Code of medical and sanitary regulations for the guidance of medical officers serving in the Madras Presidency - Volume I
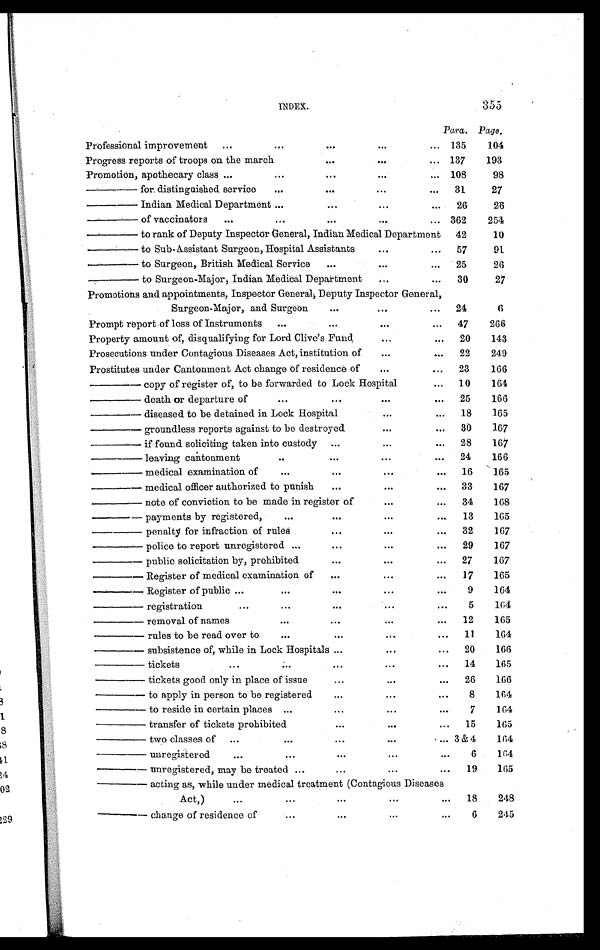
INDEX.
355
Para. Page.
Professional improvement
. . . ...
. . .
. . .
. . . 135
104
Progress reports of troops on the march
. . .
. . .
. . . 137
193
Promotion, apothecary class
. . . ...
. . .
. . .
. . . 108
98
— — f o r d i s t i n g u i s h e d s e r v i c e
...
. . .
. . .
. . . 31
27
— — I n d i a n M e d i c a l D e p a r t m e n t
...
. . .
. . .
. . . 26
26
—— of vaccinators
. . . ...
. . .
. . .
. . . 362
254
—— to rank of Deputy Inspector General, Indian Medical Department
42
10
—— to Sub-Assistant Surgeon, Hospital Assistants
. . .
. . .
57
91
—— to Surgeon, British Medical Service
. . .
. . .
. . .
25
26
—— to Surgeon-Major, Indian Medical Department
. . .
. . .
30
27
Promotions and appointments, Inspector General, Deputy Inspector General,
Surgeon-Major, and Surgeon
. . .
. . .
. . .
24
6
Prompt report of loss of Instruments ...
. . .
. . .
. . .
47
266
Property amount of, disqualifying for Lord Clive's Fund
. . .
. . .
20
143
Prosecutions under Contagious Diseases Act, institution of
. . .
. . .
22
249
Prostitutes under Cantonment Act change of residence of
. . .
. . .
23
166
—— copy of register of, to be forwarded to Lock Hospital
. . .
10
164
—— death or departure of
...
. . .
. . .
. . .
25
166
—— diseased to be detained in Lock Hospital
. . .
. . .
18
165
—— groundless reports against to be destroyed
. . .
. . .
30
167
—— if found soliciting taken into custody
. . .
. . .
. . .
28
167
— — l e a v i n g c a n t o n m e n
...
. . .
. . .
. . .
24
166
— — m e d i c a l e x a m i n a t i o n o f
. . .
. . .
. . .
. . . 16
165
—— medical officer authorized to punish
. . .
. . .
. . . 33
167
—— note of conviction to be made in register of
. . .
. . . 34
168
—— payments by registered,
. . .
. . .
. . .
. . . 13
165
—— penalty for infraction of rules
. . .
. . .
. . . 32
167
—— police to report unregistered ...
. . .
. . .
. . .
29
167
—— public solicitation by, prohibited
. . .
. . .
. . . 27
167
—— Register of medical examination of
. . .
. . .
. . . 17
165
—— Register of public
. . .
. . .
. . .
. . .
. . .
9
164
—— registration
. . .
. . .
. . .
. . .
. . .
5
164
—— removal of names
. . .
. . .
. . .
. . . 12
165
—— rules to be read over to
. . .
. . .
. . .
. . . 11
164
—— subsistence of, while in Lock Hospitals
. . .
. . .
. . . 20
166
—— tickets
. . .
. . .
. . .
. . .
. . . 14
165
—— t i c k e t s g o o d o n l y i n p l a c e o f i s s u e
. . .
. . .
. . . 26
166
—— to apply in person to be registered
. . .
. . .
. . .
8
164
—— to reside in certain places
. . .
. . .
. . .
. . .
7
164
— — t r a n s f e r o f t i c k e t s p r o h i b i t e d
. . .
. . .
. . . 15
165
—— two classes of
. . .
. . .
. . .
. . .
. . . 3 & 4
164
— — u n r e g i s t e r e d
. . .
. . .
. . .
. . .
. . .
6
164
—— unregistered, may be treated ...
. . .
. . .
. . . 19
165
—— acting as, while under medical treatment (Contagious Diseases
Act,)
. . .
. . .
. . .
. . .
. . . 18
248
—— change of residence of
. . .
. . .
. . .
. . .
6
245